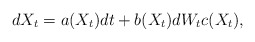
\begin{align*}dX_t = a(X_t)dt + b(X_t)dW_tc(X_t),\end{align*}